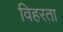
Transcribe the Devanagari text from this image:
विहरता